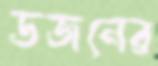
ডজনের